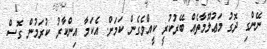
ނޭންގި ދޮގު މަޢުލޫމާތެއް ބޭރުކުރީ ކީއްވެގެން ކަމަށް. އެކަމާ އިންކާރު ކުރަމުން ގޮސް